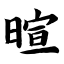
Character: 暄